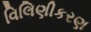
વિલિણીકરણ